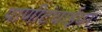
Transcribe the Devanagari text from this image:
पाणीटंचाईवर